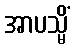
အာပသ္မိံ